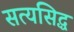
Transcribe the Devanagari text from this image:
सत्यसिद्ध